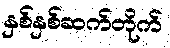
နှစ်နှစ်ဆက်တိုက်